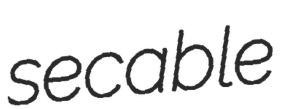
secable